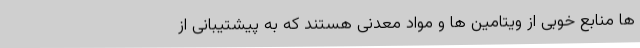
ها منابع خوبی از ویتامین ها و مواد معدنی هستند که به پیشتیبانی از